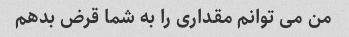
من می توانم مقداری را به شما قرض بدهم